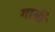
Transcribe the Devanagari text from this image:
गार्मी